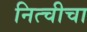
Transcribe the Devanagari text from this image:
नित्चीचा